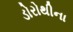
ડોરોથીના